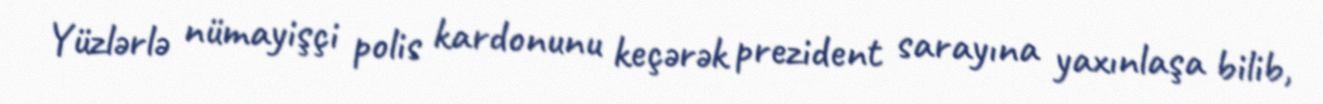
Yüzlərlə nümayişçi polis kardonunu keçərək prezident sarayına yaxınlaşa bilib,